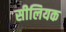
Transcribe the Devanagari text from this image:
सीलियक